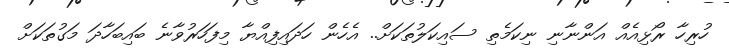
ހުރިހާ ރޯޅިއެއް އަންނާނި ނިކަމެތި ސައިކަލުތަކަށް.. އެހެން ހަދައިފިއްޔާ މިފަހަރުވާނެ ބައިބަހާދަ މަގުތަކަށް